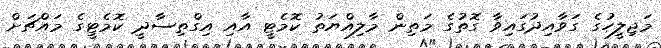
މަޖިލީހުގެ ގަވާއިދުގައިވާ ގޮތުގެ މަތިން މާލިއްޔަތު ކޮމެޓީ އާއި އިގްތިސާދީ ކޮމެޓީގެ މައްޗަށް